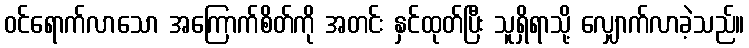
ဝင်ရောက်လာသော အကြောက်စိတ်ကို အတင်း နှင်ထုတ်ပြီး သူရှိရာသို့ လျှောက်လာခဲ့သည်။